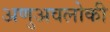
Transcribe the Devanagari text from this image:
अणुअवलोकी